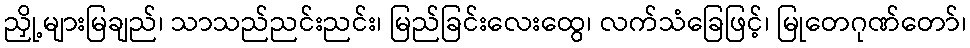
ညှို့များမြချည်၊ သာသည်ညင်းညင်း၊ မြည်ခြင်းလေးထွေ၊ လက်သံခြေဖြင့်၊ မြုတေဂုဏ်တော်၊